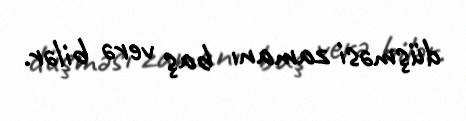
düşməsi zamanı baş verə bilər.